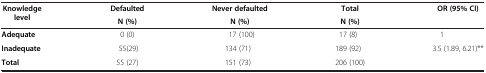
<table><thead><tr><td><b>Knowledge level</b></td><td><b>Defaulted</b></td><td><b>Never defaulted</b></td><td><b>Total</b></td><td><b>OR (95% CI)</b></td></tr><tr><td><b> </b></td><td><b>N (%)</b></td><td><b>N (%)</b></td><td><b>N (%)</b></td><td><b> </b></td></tr></thead><tbody><tr><td><b>Adequate</b></td><td>0 (0)</td><td>17 (100)</td><td>17 (8)</td><td>1</td></tr><tr><td><b>Inadequate</b></td><td>55(29)</td><td>134 (71)</td><td>189 (92)</td><td>3.5 (1.89, 6.21)**</td></tr><tr><td><b>Total</b></td><td>55 (27)</td><td>151 (73)</td><td>206 (100)</td><td> </td></tr></tbody></table>